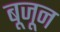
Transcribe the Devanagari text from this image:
बूजून